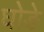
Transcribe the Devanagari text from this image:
घोङे